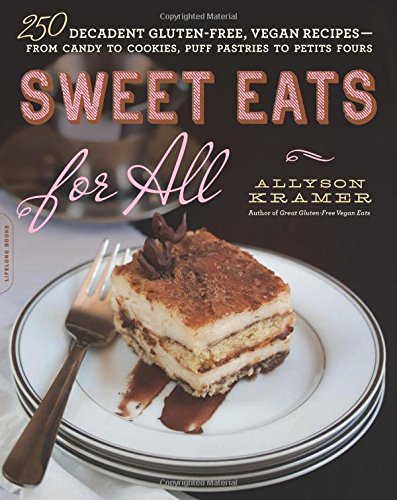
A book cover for Sweet Eats for All: 250 Decadent Gluten-Free, Vegan Recipes--from Candy to Cookies, Puff Pastries to Petits Fours; Allyson Kramer; Cookbooks, Food & Wine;